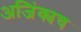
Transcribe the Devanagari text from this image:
अजिंक्यच